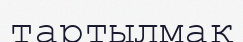
тартылмақ